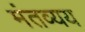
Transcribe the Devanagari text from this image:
मंतव्यय